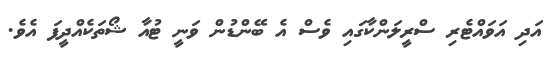
އަދި އަވައްޓެރި ސްރީލަންކާގައި ވެސް އެ ބޭންޑުން ވަނީ ޓުއާ ޝޯތަކެއްދީފަ އެވެ.